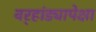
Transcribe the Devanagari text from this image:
वर्‍हांड्यापेक्षा